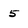
Character: 5